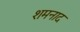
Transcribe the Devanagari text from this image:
शमनाद